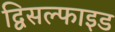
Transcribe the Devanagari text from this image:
द्विसल्फाइड